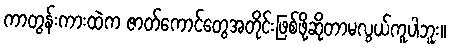
ကာတွန်းကားထဲက ဇာတ်ကောင်တွေအတိုင်းဖြစ်ဖို့ဆိုတာမလွယ်ကူပါဘူး။